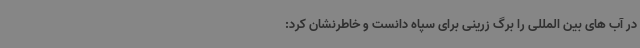
در آب های بین المللی را برگ زرینی برای سپاه دانست و خاطرنشان کرد: